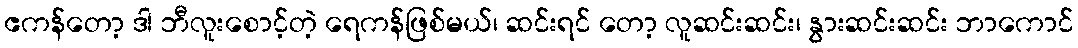
ဧကန်တော့ ဒါ ဘီလူးစောင့်တဲ့ ရေကန်ဖြစ်မယ်၊ ဆင်းရင် တော့ လူဆင်းဆင်း၊ နွားဆင်းဆင်း ဘာကောင်